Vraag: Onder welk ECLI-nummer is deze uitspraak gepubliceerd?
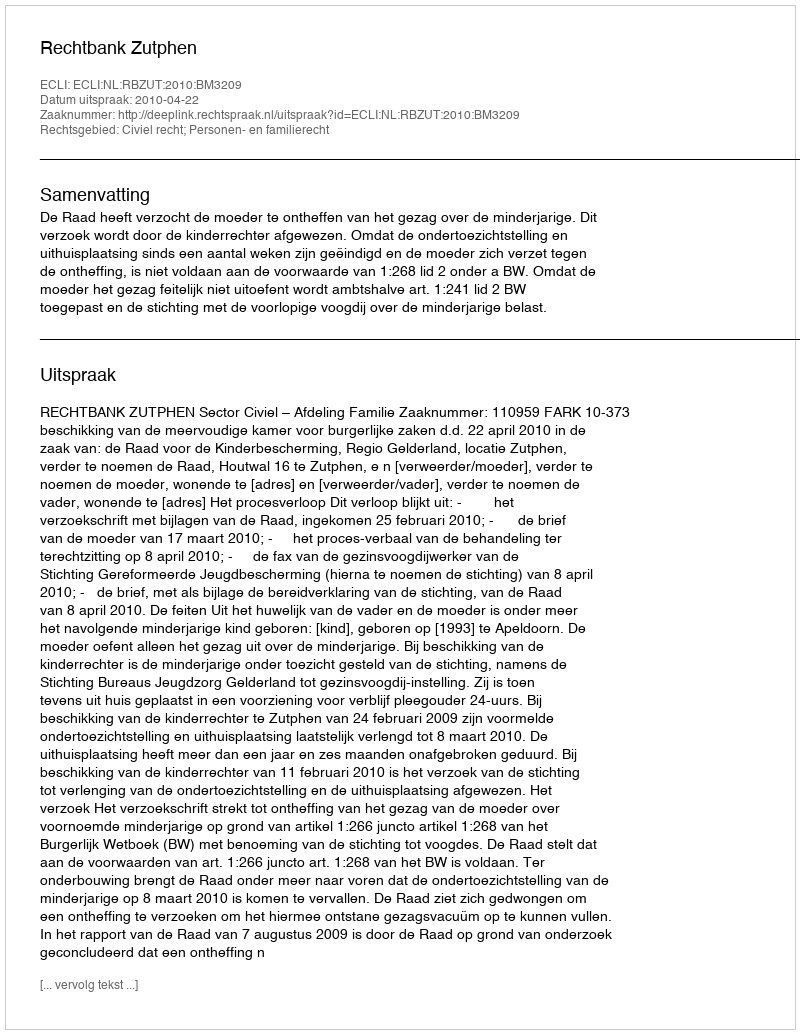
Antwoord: ECLI:NL:RBZUT:2010:BM3209